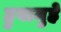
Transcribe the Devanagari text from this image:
हुवामुहे